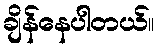
ချိန်နေပါတယ်။